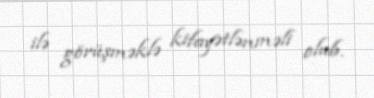
ilə görüşməklə kifayətlənməli olub.